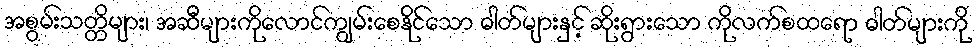
အစွမ်းသတ္တိများ၊ အဆီများကိုလောင်ကျွမ်းစေနိုင်သော ဓါတ်များနှင့် ဆိုးရွားသော ကိုလက်စထရော ဓါတ်များကို